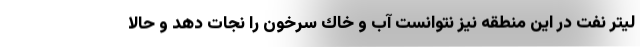
ليتر نفت در اين منطقه نيز نتوانست آب و خاك سرخون را نجات دهد و حالا